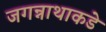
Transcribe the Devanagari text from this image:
जगन्नाथाकडे